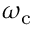
\omega _ { \mathrm { c } }